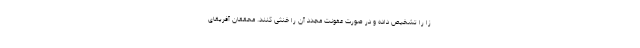
زا را تشخیص داده و در صورت عفونت مجدد آن را خنثی کنند. محققان آفریقای